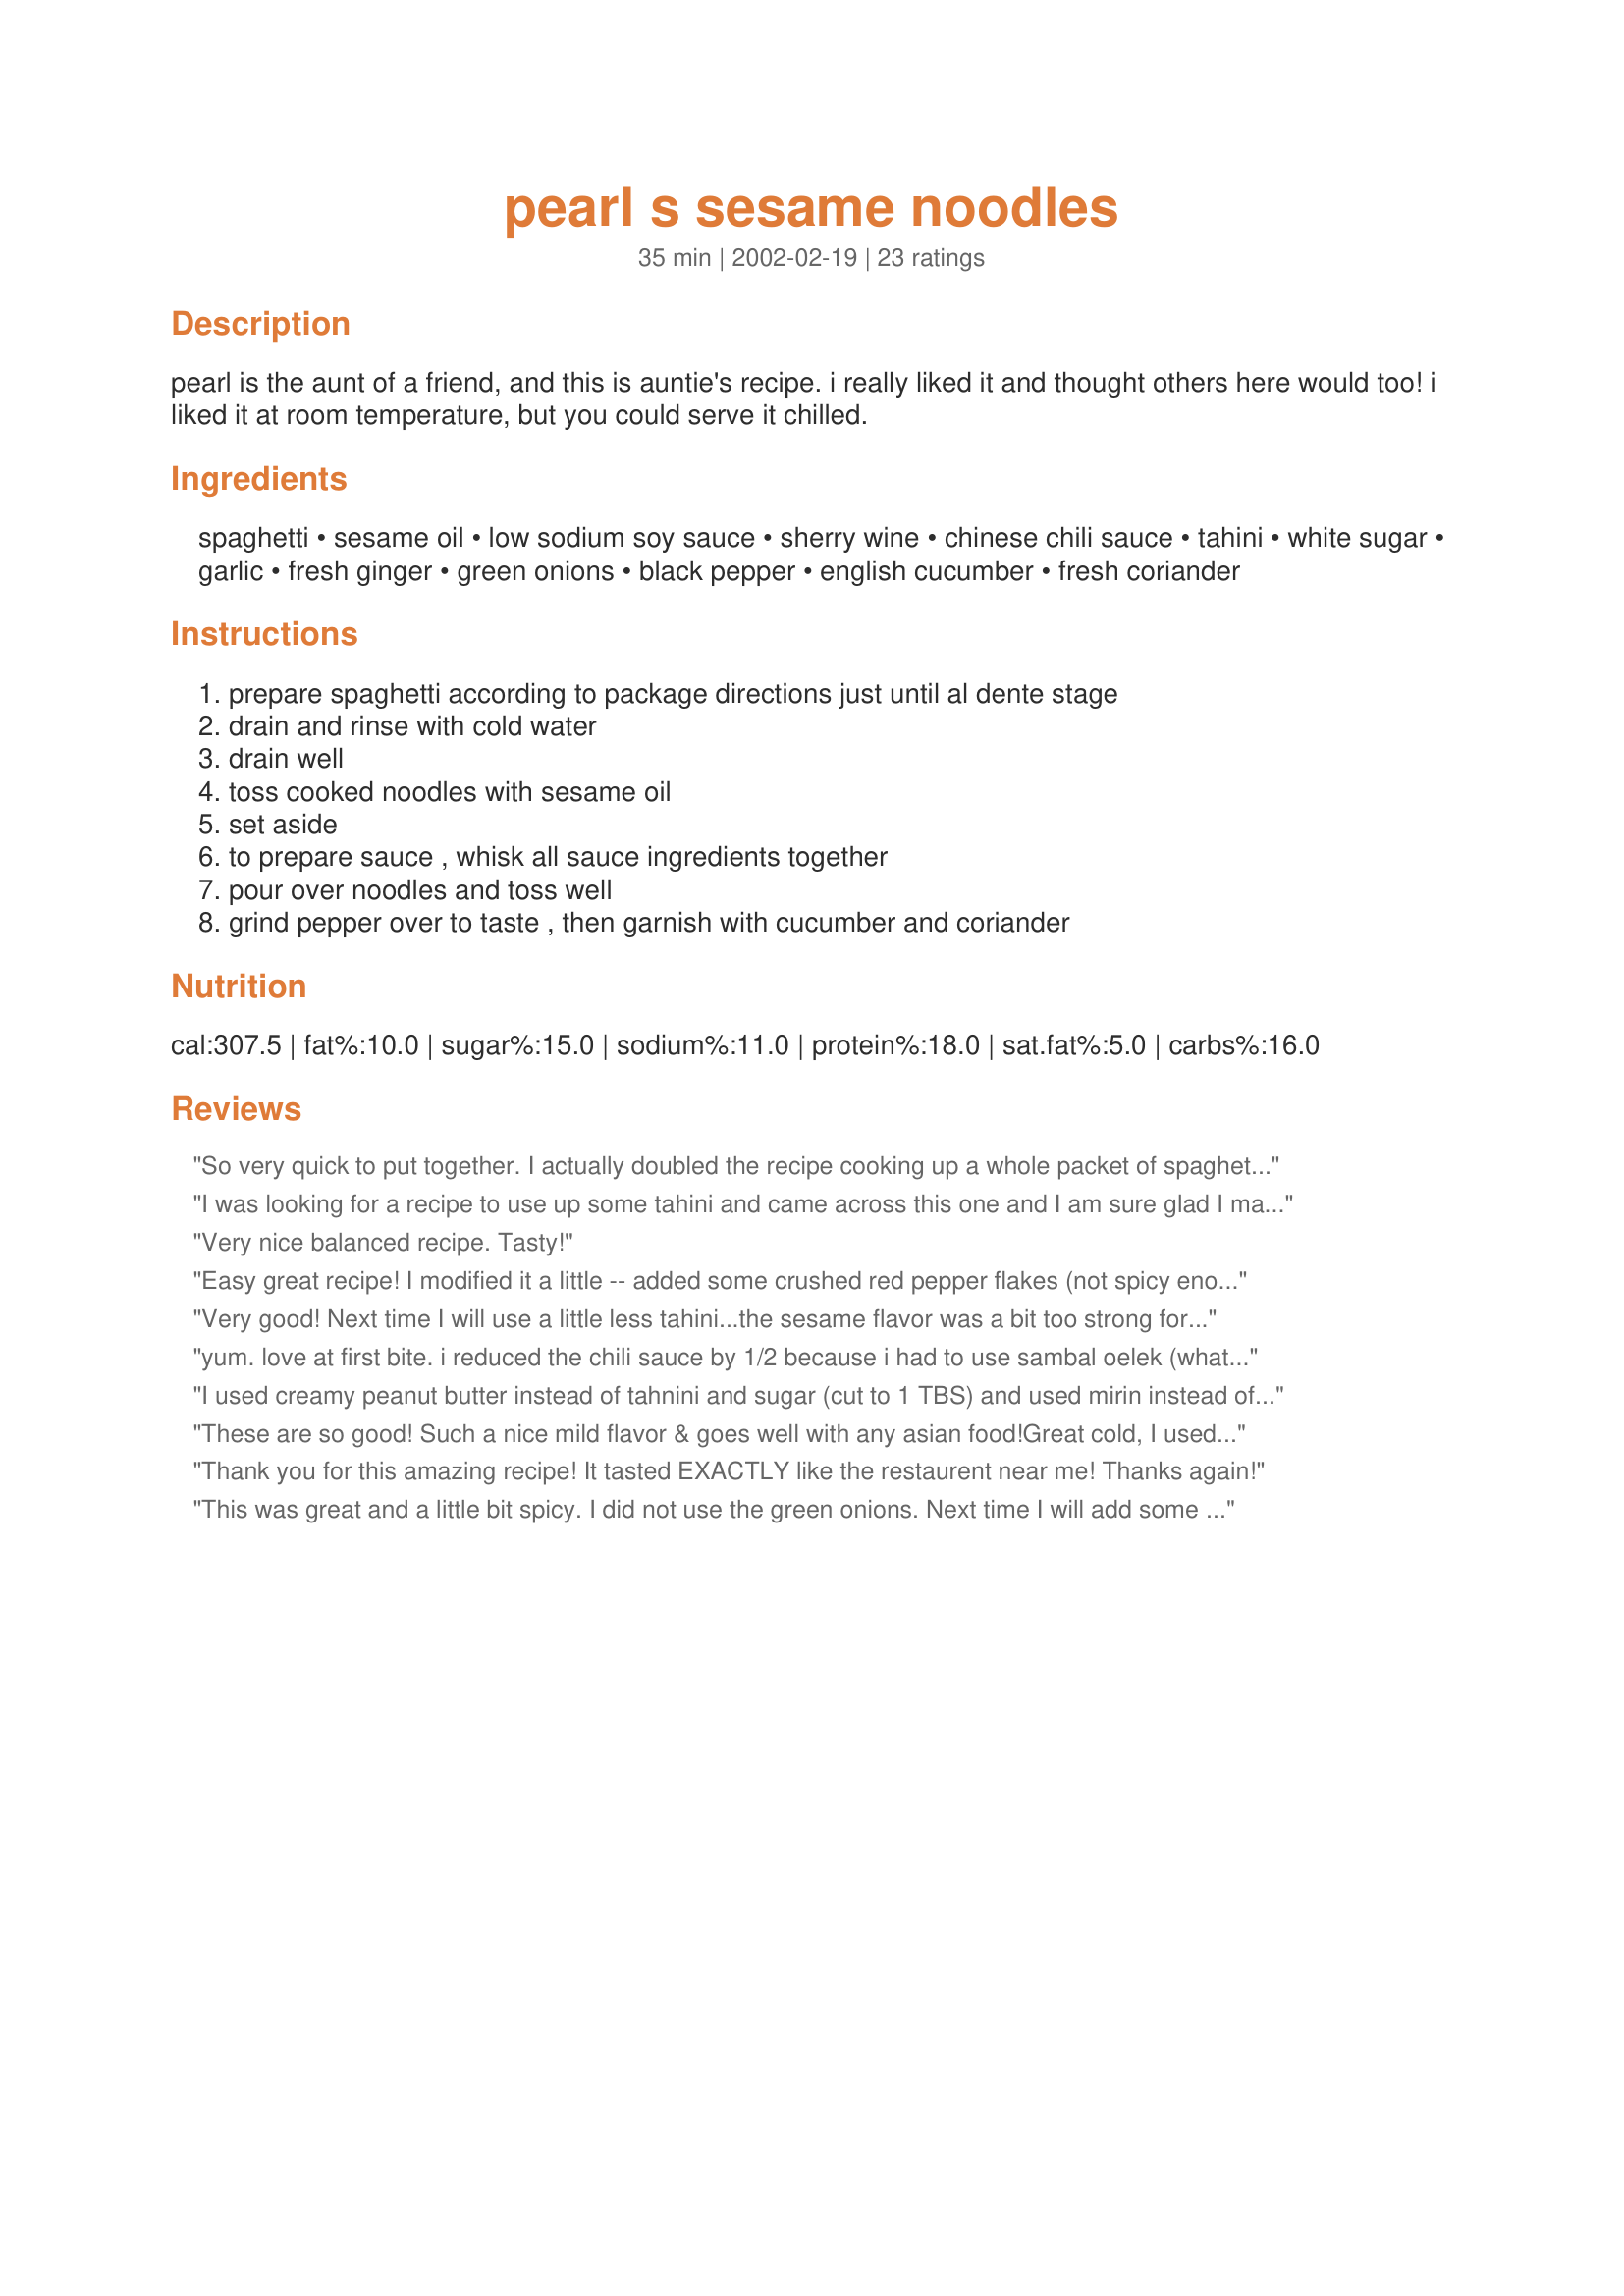
pearl s sesame noodles
Preparation time: 35 minutes

pearl is the aunt of a friend, and this is auntie's recipe. i really liked it and thought others here would too! i liked it at room temperature, but you could serve it chilled.

Ingredients:
spaghetti, sesame oil, low sodium soy sauce, sherry wine, chinese chili sauce, tahini, white sugar, garlic, fresh ginger, green onions, black pepper, english cucumber, fresh coriander

Steps:
prepare spaghetti according to package directions just until al dente stage, drain and rinse with cold water, drain well, toss cooked noodles with sesame oil, set aside, to prepare sauce , whisk all sauce ingredients together, pour over noodles and toss well, grind pepper over to taste , then garnish with cucumber and coriander

Reviews:
So very quick to put together. I actually doubled the recipe cooking up a whole packet of spaghetti, so that I had a couple of lunches on hand. Dave shreaded some BBQ chicken on top of his. I personally prefer the flavour of tahini over peanut butter and find it perfect for this recipe. Thanks Lennie :)
I was looking for a recipe to use up some tahini and came across this one and I am sure glad I made it! Delicious and perfect with Southseas Shrimp and Mango recipe#80523. The only change I made was using a regular cucumer instead of the English. Thanks so much for sharing!
Very nice balanced recipe. Tasty!
Easy great recipe! I modified it a little -- added some crushed red pepper flakes (not spicy enough for me), used organic crunchy peanut butter in place of the tahini, a nice cabernet in place of the sherry & very thin asian rice noodles vs. spaghetti. Turned out superb!
Very good! Next time I will use a little less tahini...the sesame flavor was a bit too strong for our tastes. I also forgot to add the green onions, so that may explain the imbalance of flavors for us. We used thin spaghetti-like noodles found in our local asian market instead.
yum. love at first bite. i reduced the chili sauce by 1/2 because i had to use sambal oelek (what i had on hand). increased tahini slightly per another reviewer, used rice vinegar in place of sherry, so several changes, but MAN! really good. thanks for a great one we will use often. :] Additioinal note: this got hotter over a bit of time, so i will definitely tone it down a bit next time. excellent recipe. thanks.
I used creamy peanut butter instead of tahnini and sugar (cut to 1 TBS) and used mirin instead of sherry. My husband and I both loved it. I don't make things twice very often (I like to try new things), but I will probably make this again next week!
These are so good! Such a nice mild flavor & goes well with any asian food!Great cold, I used chinese noodles. Will be making this dish alot!
Thanks :)
Thank you for this amazing recipe! It tasted EXACTLY like the restaurent near me! Thanks again!
This was great and a little bit spicy. I did not use the green onions. Next time I will add some toasted sesame seeds.
WOW, what a great recipe! Though, for those who are wusses when it comes to spicy hot you may want to cut back by half. I am and I will next time. But darn, these are just about the best noodles I have ever had! I doubled the tahini based on another reviewers suggestion and I used the cabernet because I thought I had sherry but didn't. Sherry will definitely be perfect in this though. I made the one batch and we chowed, a second batch of pasta is cooking now so we have some for lunch this week!
Delicious and so easy to put together. I was out of sherry so I used rice wine vinegar. So good! Thanks for posting.
MM...YUM! This pasta is so easy and delicious. Unlike the pasta I am used to having, it's not greasy or heavy. Very light and the flavour bounces off your tongue! I served it cold.
Another winner from Lennie! I could really get addicted to these noodles. I used curly spirals instead of spaghetti, and they seemed to hold the dressing well. I also added a touch more ginger and a bit more tahini than called for, and it was a major taste explosion! I am going to make this often! Thanks Lennie, I adore your recipes!
Very easy and yummy. I halved the amount of chili sauce and garlic to suit my tastes. Thank you for posting! This recipe is a keeper.
These noodles were great. The sauce is fantastic. I followed the changes in the recipe from hlamar except I used Merlot. I will be making this easy, delightful dish often.
This was delicious! I love this type of salad at restaurants, and though I have tried several recipes over the years, none really captured the right blend of flavors for me. This recipe does and it looks as lovely as it tastes. Accurate measurements to a "t." This has a nice spicy zip from the chili sauce (I used Sriracha) too.
As above,we loved it.Thanks Linda
Excellent flavor and easy to make. Thank you for a yummy and healthy recipe. I used angel hair pasta. Next time I will try spirals. I did not use cucumber but will try broccoli the next time too!
Great stuff. Made it with elbow shaped pasta and loved the flavours. I added some chopped red chilli too. I served it at room temp. with Ellie' Skillet corn. So a veg meal was on the menu but no one complained.
Thank you!
:) Fay
I've been looking for a sesame noodle recipe that sounded not only good, but easy to make...this one's a winner!
I loved it! I had this at the farmers market and absolutely digged it. However, I did use the tahini and it was nasty to me, so I will use creamy peanut butter instead, 3 tbsp of soy sauce, 2 tbsp on sherry, 2 tbsp of brown sugar, and 1/2 cup of chicken broth. Still a very good recipe. A staple in my family now. Lastly, I eat it cold. DELICIOUS!
Oh my gosh this is Excellent! I would give you 20 stars if I could.
I really enjoyed this and will make this recipe a regular. Even my almost 2 year old really liked them, he was eating them even before they were on the table. I served it at room temperature.
Thanks Lennie....
